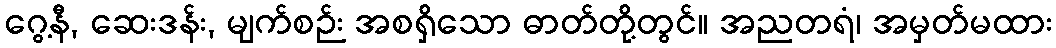
ဂွေ့နီ, ဆေးဒန်း, မျက်စဉ်း အစရှိသော ဓာတ်တို့တွင်။ အညတရံ၊ အမှတ်မထား